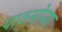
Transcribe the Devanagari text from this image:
पाठमोऱ्या